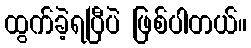
ထွက်ခဲ့ရပြီပဲ ဖြစ်ပါတယ်။